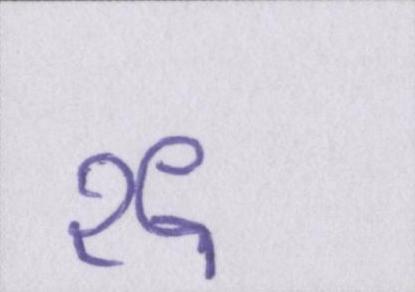
१९